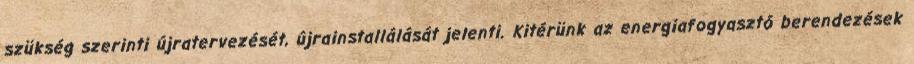
szükség szerinti újratervezését, újrainstallálását jelenti. Kitérünk az energiafogyasztó berendezések